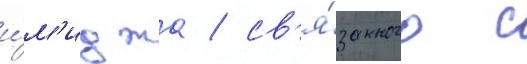
и́м'иджа / св'я́занного с